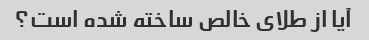
آیا از طلای خالص ساخته شده است؟